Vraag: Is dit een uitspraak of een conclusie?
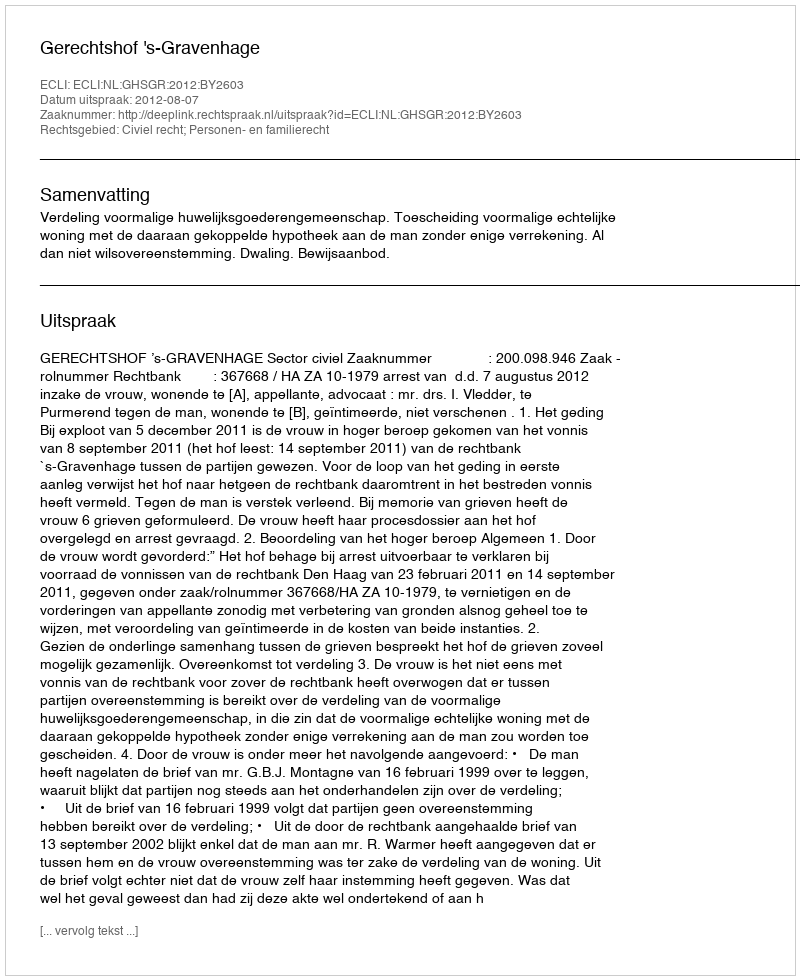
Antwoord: Uitspraak